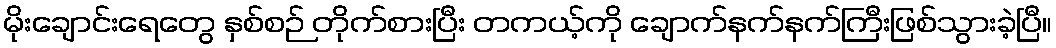
မိုးချောင်းရေတွေ နှစ်စဉ် တိုက်စားပြီး တကယ့်ကို ချောက်နက်နက်ကြီးဖြစ်သွားခဲ့ပြီ။